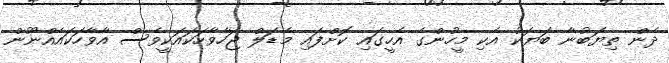
ދެން ތިޔަބުނާ ބަޔަކު އެކި މީހުންގެ އެހީގައި ކޮށްފައި މެޑަލް ޖަހާވާހަކައަކީވެސް އާވާހަކައެއްނޫން